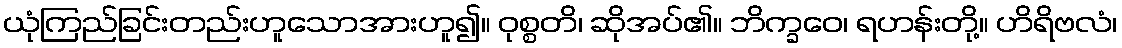
ယုံကြည်ခြင်းတည်းဟူသောအားဟူ၍။ ဝုစ္စတိ၊ ဆိုအပ်၏။ ဘိက္ခဝေ၊ ရဟန်းတို့။ ဟိရိဗလံ၊